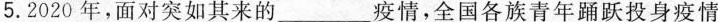
5. 2020年，面对突如其来的 ___疫情，全国各族青年踊跃投身疫情